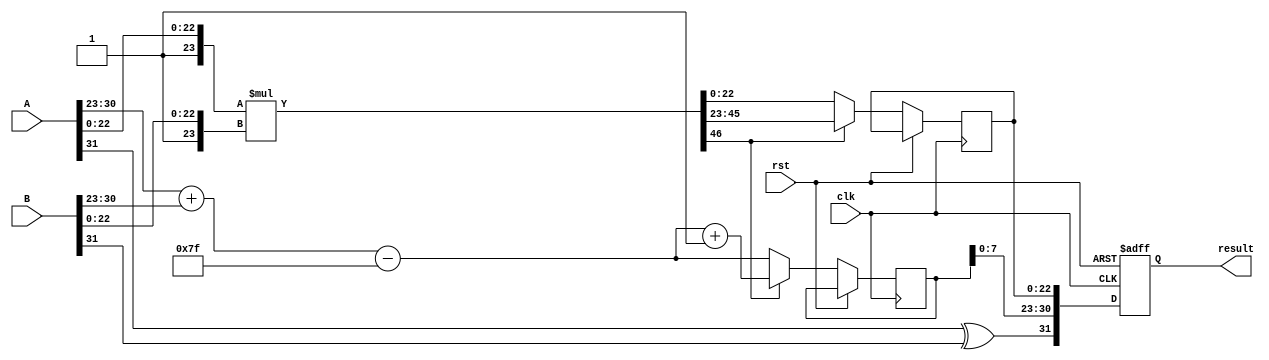
module radix4_fp_multiplier #(
    parameter E = 8, // Exponent bits
    parameter M = 23, // Mantissa bits
    parameter BIAS = 127 // Bias for single precision
)(
    input wire clk,
    input wire rst,
    input wire [E + M:0] A, // A = sign(1) + exponent(E) + mantissa(M)
    input wire [E + M:0] B, // B = sign(1) + exponent(E) + mantissa(M)
    output reg [E + M:0] result // result = sign(1) + exponent(E) + mantissa(M)
);

    // Internal signals
    wire sign_A = A[E + M]; // Sign bit of A
    wire sign_B = B[E + M]; // Sign bit of B
    wire [E-1:0] exponent_A = A[E + M - 1:E + M - E]; // Exponent of A
    wire [E-1:0] exponent_B = B[E + M - 1:E + M - E]; // Exponent of B
    wire [M-1:0] mantissa_A = A[M - 1:0]; // Mantissa of A
    wire [M-1:0] mantissa_B = B[M - 1:0]; // Mantissa of B

    // Sign calculation
    wire sign_result = sign_A ^ sign_B;

    // Exponent calculation
    wire [E:0] exponent_result = (exponent_A + exponent_B) - BIAS;

    // Mantissa calculation
    wire [2*M:0] mantissa_product; // To hold the product of mantissas
    wire [M:0] mantissa_A_ext = {1'b1, mantissa_A}; // Extend mantissa A
    wire [M:0] mantissa_B_ext = {1'b1, mantissa_B}; // Extend mantissa B

    // Radix-4 multiplication (simplified)
    assign mantissa_product = mantissa_A_ext * mantissa_B_ext;

    // Normalization and rounding (simplified)
    reg [M-1:0] mantissa_result;
    reg [E:0] exponent_final;
    always @(posedge clk or posedge rst) begin
        if (rst) begin
            result <= 0;
        end else begin
            // Check for normalization
            if (mantissa_product[2*M]) begin
                mantissa_result <= mantissa_product[2*M-1:M]; // Shift right
                exponent_final <= exponent_result + 1; // Adjust exponent
            end else begin
                mantissa_result <= mantissa_product[M-1:0]; // No shift
                exponent_final <= exponent_result; // No adjustment
            end

            // Assemble final result
            result <= {sign_result, exponent_final[E-1:0], mantissa_result[M-1:0]};
        end
    end

endmodule